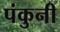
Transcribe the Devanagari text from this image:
पंकुनी